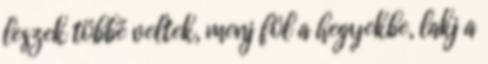
leszek többé veltek, menj föl a hegyekbe, lakj a